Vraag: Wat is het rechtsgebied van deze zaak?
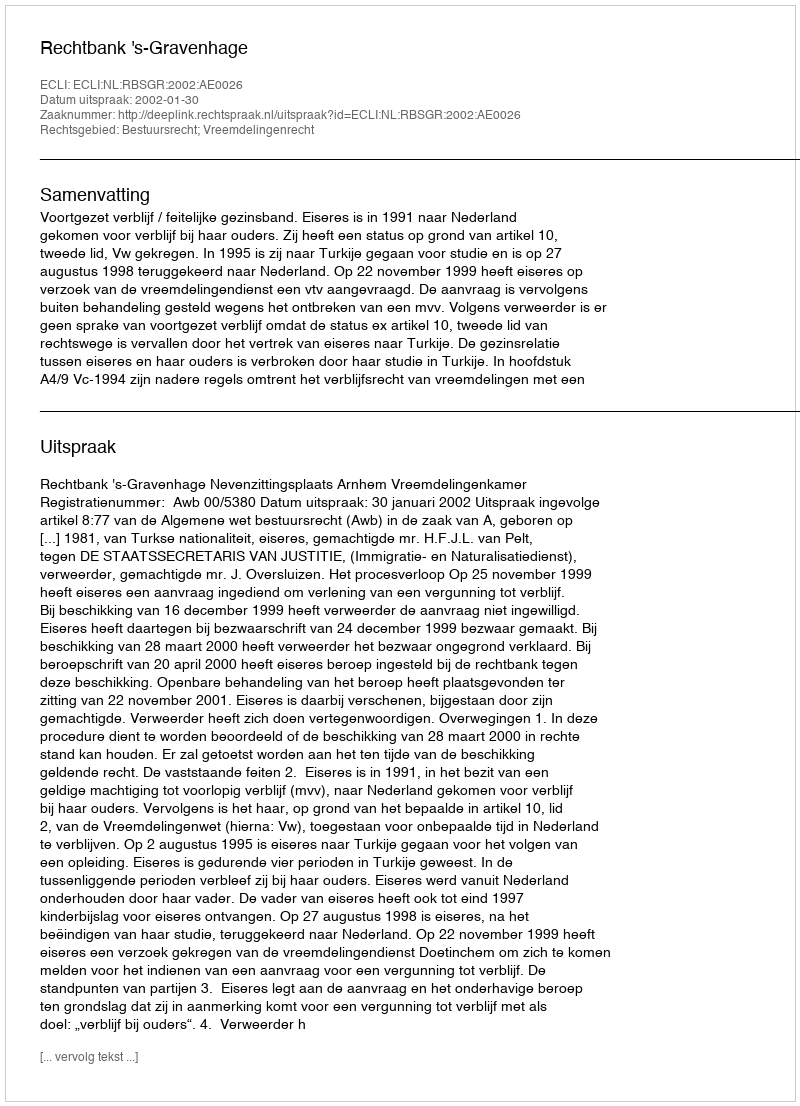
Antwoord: Bestuursrecht; Vreemdelingenrecht